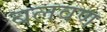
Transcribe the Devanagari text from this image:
बलवण